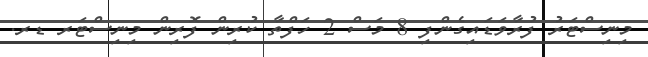
މިނިސްޓަރު ފުރާވަޑައިގެންފި 8 މަސް 2 ހަފްތާ ކުރިން ފޮރިން މިނިސްޓަރ ޑރ.